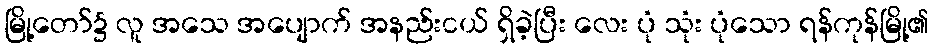
မြို့တော်၌ လူ အသေ အပျောက် အနည်းငယ် ရှိခဲ့ပြီး လေး ပုံ သုံး ပုံသော ရန်ကုန်မြို့၏